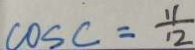
\cos c = \frac { 1 1 } { 1 2 }